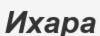
Ихара